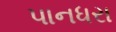
પાનધરા